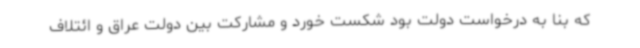
که بنا به درخواست دولت بود شکست خورد و مشارکت بین دولت عراق و ائتلاف